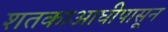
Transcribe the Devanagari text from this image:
शतकाआघीपासून